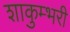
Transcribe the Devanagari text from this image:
शाकुम्भरी